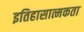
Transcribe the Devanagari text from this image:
इतिहासात्मकता